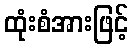
ထုံးစံအားဖြင့်